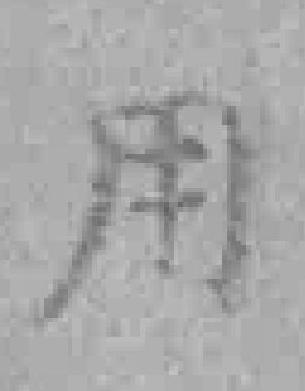
用